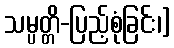
သမ္ပတ္တိ-ပြည့်စုံခြင်း၊]